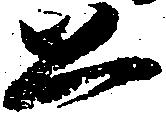
公